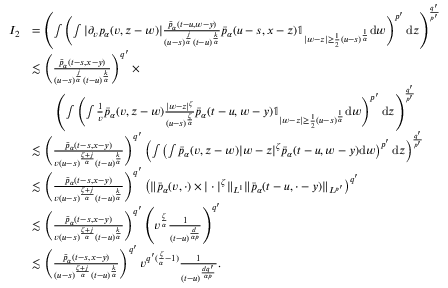
\begin{array} { r l } { I _ { 2 } } & { = \left( \int \left( \int | \partial _ { v } p _ { \alpha } ( v , z - w ) | \frac { \bar { p } _ { \alpha } ( t - u , w - y ) } { ( u - s ) ^ { \frac { j } { \alpha } } ( t - u ) ^ { \frac { k } { \alpha } } } \bar { p } _ { \alpha } ( u - s , x - z ) \mathbb { 1 } _ { | w - z | \geq \frac { 1 } { 2 } ( u - s ) ^ { \frac { 1 } { \alpha } } } \mathrm { d } w \right) ^ { p ^ { \prime } } \mathrm { d } z \right) ^ { \frac { q ^ { \prime } } { p ^ { \prime } } } } \\ & { \lesssim \left( \frac { \bar { p } _ { \alpha } ( t - s , x - y ) } { ( u - s ) ^ { \frac { j } { \alpha } } ( t - u ) ^ { \frac { k } { \alpha } } } \right) ^ { q ^ { \prime } } \times } \\ & { \qquad \left( \int \left( \int \frac { 1 } { v } \bar { p } _ { \alpha } ( v , z - w ) \frac { | w - z | ^ { \zeta } } { ( u - s ) ^ { \frac { \zeta } { \alpha } } } \bar { p } _ { \alpha } ( t - u , w - y ) \mathbb { 1 } _ { | w - z | \geq \frac { 1 } { 2 } ( u - s ) ^ { \frac { 1 } { \alpha } } } \mathrm { d } w \right) ^ { p ^ { \prime } } \mathrm { d } z \right) ^ { \frac { q ^ { \prime } } { p ^ { \prime } } } } \\ & { \lesssim \left( \frac { \bar { p } _ { \alpha } ( t - s , x - y ) } { v ( u - s ) ^ { \frac { \zeta + j } { \alpha } } ( t - u ) ^ { \frac { k } { \alpha } } } \right) ^ { q ^ { \prime } } \left( \int \left( \int \bar { p } _ { \alpha } ( v , z - w ) | w - z | ^ { \zeta } \bar { p } _ { \alpha } ( t - u , w - y ) \mathrm { d } w \right) ^ { p ^ { \prime } } \mathrm { d } z \right) ^ { \frac { q ^ { \prime } } { p ^ { \prime } } } } \\ & { \lesssim \left( \frac { \bar { p } _ { \alpha } ( t - s , x - y ) } { v ( u - s ) ^ { \frac { \zeta + j } { \alpha } } ( t - u ) ^ { \frac { k } { \alpha } } } \right) ^ { q ^ { \prime } } \left( \Vert \bar { p } _ { \alpha } ( v , \cdot ) \times | \cdot | ^ { \zeta } \Vert _ { L ^ { 1 } } \Vert \bar { p } _ { \alpha } ( t - u , \cdot - y ) \Vert _ { L ^ { p ^ { \prime } } } \right) ^ { q ^ { \prime } } } \\ & { \lesssim \left( \frac { \bar { p } _ { \alpha } ( t - s , x - y ) } { v ( u - s ) ^ { \frac { \zeta + j } { \alpha } } ( t - u ) ^ { \frac { k } { \alpha } } } \right) ^ { q ^ { \prime } } \left( v ^ { \frac { \zeta } { \alpha } } \frac { 1 } { ( t - u ) ^ { \frac { d } { \alpha p } } } \right) ^ { q ^ { \prime } } } \\ & { \lesssim \left( \frac { \bar { p } _ { \alpha } ( t - s , x - y ) } { ( u - s ) ^ { \frac { \zeta + j } { \alpha } } ( t - u ) ^ { \frac { k } { \alpha } } } \right) ^ { q ^ { \prime } } v ^ { q ^ { \prime } ( \frac { \zeta } { \alpha } - 1 ) } \frac { 1 } { ( t - u ) ^ { \frac { d q ^ { \prime } } { \alpha p } } } . } \end{array}